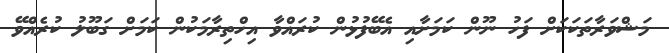
މަޝްވަރާތަކަކަށް ފަހު ނޫން ކަމަށާއި އެބޭފުޅުން ކުރައްވާ އިހްތިރާމަކުން ކަމަށް ގަބޫލު ކުރެއްވޭ